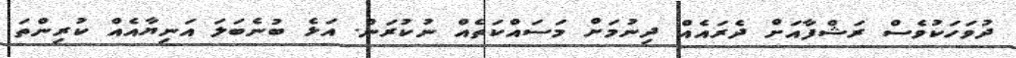
ދުވަހަކުވެސް ރަޝްފާއަށް ދެރައެއް ދިނުމަށް މަސައްކަތެއް ނުކުރަން. އަޅެ ބުނެބަލަ އަނިޔާއެއް ކުރިންތަ